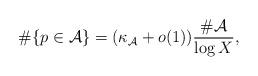
LaTeX: \begin{align*}\#\{p\in\mathcal{A}\}= (\kappa_\mathcal{A}+o(1))\frac{\#\mathcal{A}}{\log{X}},\end{align*}